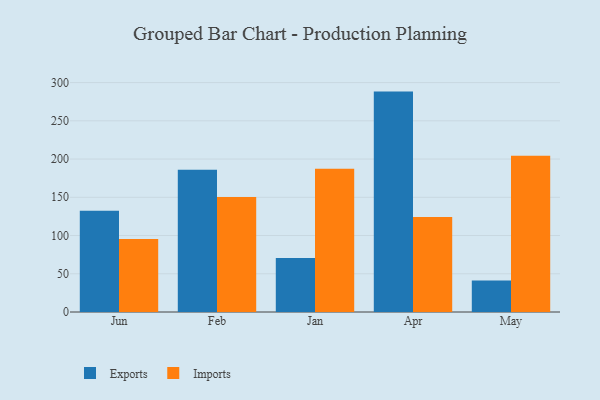
{"axis": {"x": "Month", "y": "LTV (USD)"}, "legend": ["Exports", "Imports"], "data": [{"x": "Jun", "y": 132.5, "type": "Exports"}, {"x": "Jun", "y": 95.6, "type": "Imports"}, {"x": "Feb", "y": 186.0, "type": "Exports"}, {"x": "Feb", "y": 150.3, "type": "Imports"}, {"x": "Jan", "y": 70.5, "type": "Exports"}, {"x": "Jan", "y": 187.3, "type": "Imports"}, {"x": "Apr", "y": 288.2, "type": "Exports"}, {"x": "Apr", "y": 124.1, "type": "Imports"}, {"x": "May", "y": 41.3, "type": "Exports"}, {"x": "May", "y": 204.3, "type": "Imports"}]}